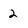
Character: 2